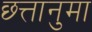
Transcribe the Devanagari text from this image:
छ्त्तानुमा